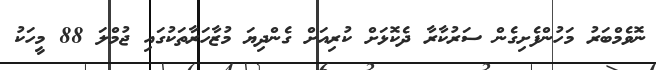
ނޮވެމްބަރު މަހުންފެށިގެން ސަރުކާރާ ދެކޮޅަށް ކުރިއަށް ގެންދިޔަ މުޒާހަރާތަކުގައި ޖުމްލަ 88 މީހަކު